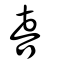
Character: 喜